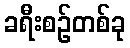
ခရီးစဉ်တစ်ခု